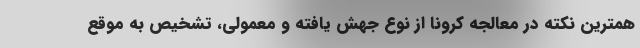
همترین نکته در معالجه کرونا از نوع جهش یافته و معمولی، تشخیص به موقع